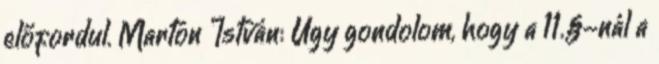
előfordul. Marton István: Úgy gondolom, hogy a 11.§-nál a